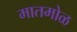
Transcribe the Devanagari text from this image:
मातमोळ